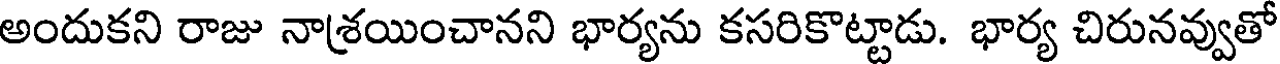
అందుకని రాజు నాశ్రయించానని భార్యను కసరికొట్టాడు. భార్య చిరునవ్వుతో